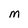
Character: M